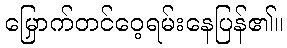
မြှောက်တင်ဝေ့ရမ်းနေပြန်၏။